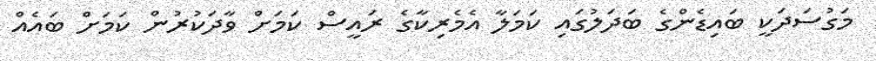
މަގުސަދަކީ ބައިޑެންގެ ބަދަލުގައި ކަމަލާ އެމެރިކާގެ ރައީސް ކަމަށް ވާދަކުރުން ކަމަށް ބައެއް